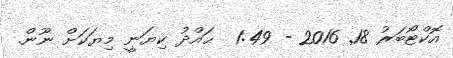
އޮކްޓޯބަރު 18